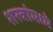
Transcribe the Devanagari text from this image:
शस्त्रांमध्ये